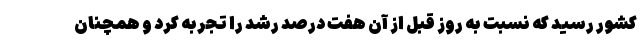
کشور رسید که نسبت به روز قبل از آن هفت درصد رشد را تجربه کرد و همچنان